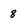
Character: 8